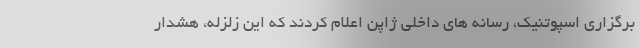
برگزاری اسپوتنیک، رسانه های داخلی ژاپن اعلام کردند که این زلزله، هشدار